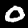
Digit: 0